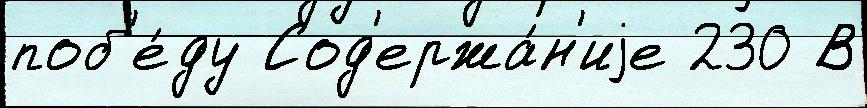
поб'е́ду Сод'ержа́н'иjе 230 В